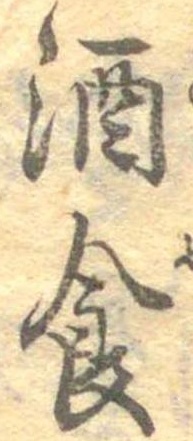
酒食